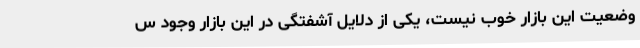
وضعیت این بازار خوب نیست، یکی از دلایل آشفتگی در این بازار وجود س